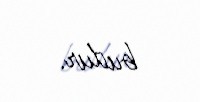
budur.